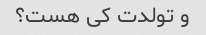
و تولدت کی هست؟